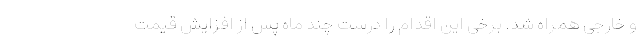
و خارجی همراه شد. برخی این اقدام را درست چند ماه پس از افزایش قیمت